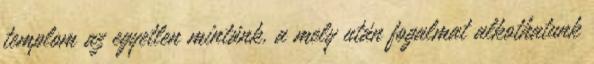
templom az egyetlen mintánk, a mely után fogalmat alkothatunk